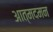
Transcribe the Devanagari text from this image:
आत्मदमन